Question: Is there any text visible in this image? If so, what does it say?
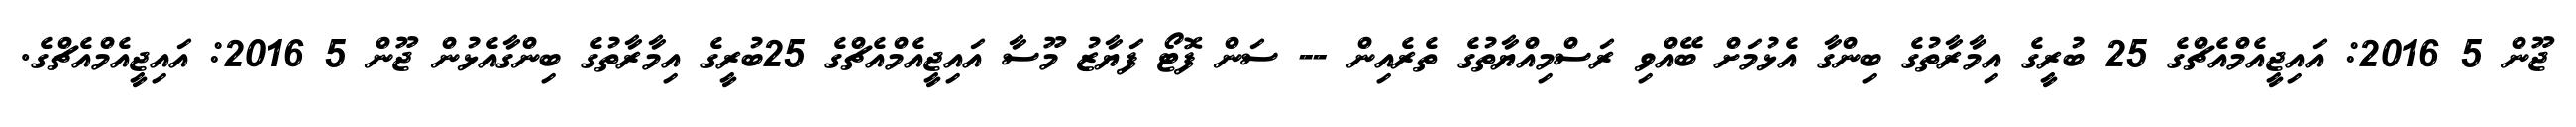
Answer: ޖޫން 5 2016: އައިޖީއެމްއެޗްގެ 25 ބުރީގެ އިމާރާތުގެ ބިންގާ އެޅުމަށް ބޭއްވި ރަސްމިއްޔާތުގެ ތެރެއިން -- ސަން ފޮޓޯ ފަޔާޒު މޫސާ އައިޖީއެމްއެޗްގެ 25ބުރީގެ އިމާރާތުގެ ބިންގާއެޅުން ޖޫން 5 2016: އައިޖީއެމްއެޗްގެ.